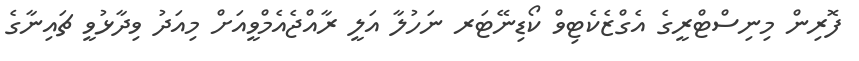
ފޮރިން މިނިސްޓްރީގެ އެގްޒެކެޓިވް ކޯޑިނޭޓަރ ނަހުލާ އަލީ ރާއްޖެއެމްވީއަށް މިއަދު ވިދާޅުވީ ޗައިނާގެ